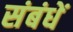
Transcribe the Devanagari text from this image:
संबंधें